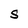
Character: S